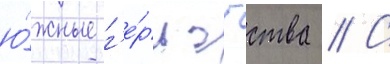
ю́жные г'е́рцогства // С